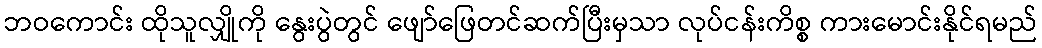
ဘဝကောင်း ထိုသူလျှိုကို နွေးပွဲတွင် ဖျော်ဖြေတင်ဆက်ပြီးမှသာ လုပ်ငန်းကိစ္စ ကားမောင်းနိုင်ရမည်